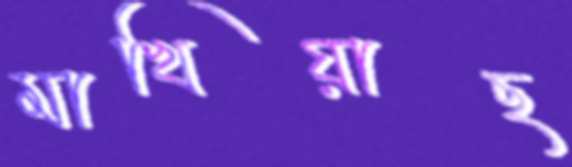
মাখিয়াছ